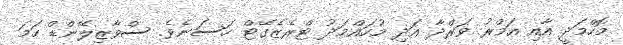
މޮހްމަދީ އާއި އަމްރު ވަރްދާ އަދި މުހައްމަދު ޓްރެޒެގޭޓް ހަސަނެވެ. ސްވާޒިލޭންޑް ހަމަ